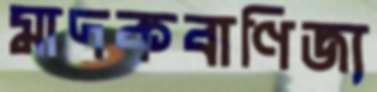
মাদকবাণিজ্য